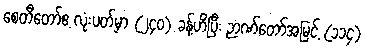
စေတီတော်ဧ့ လုံးပတ်မှာ (၂၄၀) ခန့်ဟိပြီး ဉာဏ်တော်အမြင့် (၁၁၄)